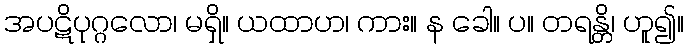
အပဋိပုဂ္ဂလော၊ မရှိ။ ယထာဟ၊ ကား။ န ခေါ။ ပ။ တရန္တိ၊ ဟူ၍။